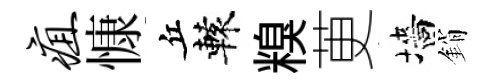
疽慷丘轅糗茰墻銷